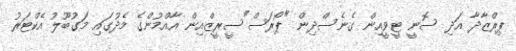
ޕިރްޒާދާ އަދި ސޮނީ ޓީވީއިން ގެނެސްދިން "ޕޯރަސް"ސީރީޒްއިން އާއްމުންގެ މެދުގައި މަގުބޫލު އެކްޓަރު